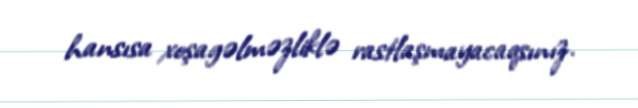
hansısa xoşagəlməzliklə rastlaşmayacaqsınız.